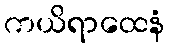
ကယိရာထေနံ